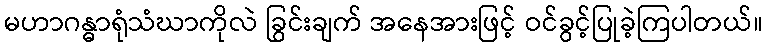
မဟာဂန္ဓာရုံသံဃာကိုလဲ ခြွင်းချက် အနေအားဖြင့် ဝင်ခွင့်ပြုခဲ့ကြပါတယ်။